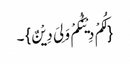
{لَکُمْ دِیْنُکُمْ وَلِیَ دِیْنٌ}۔